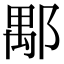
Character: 𨜖